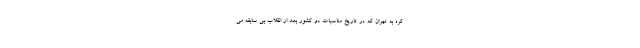
کره به تهران که در تاریخ مناسبات دو کشور بعد از انقلاب بی سابقه می